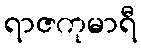
ရာဇကုမာရီ